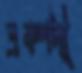
একপদী